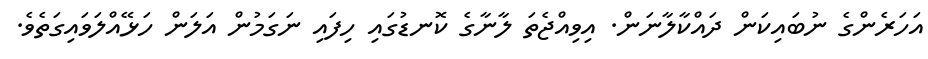
އަހަރެންގެ ނުބައިކަން ދައްކާލާނަން. އިވިއްޖެތަ ލާނާގެ ކޮނޑުގައި ހިފައި ނަގަމުން އަލަން ހަޅޭއްލަވައިގަތެވެ.